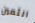
الثمين